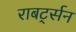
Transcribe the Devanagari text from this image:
राबर्ट्सन